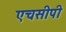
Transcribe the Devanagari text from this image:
एचसीपी